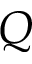
Q